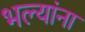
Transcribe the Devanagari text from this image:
भल्यांना